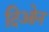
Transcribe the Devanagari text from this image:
दिओन